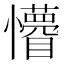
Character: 𭟤